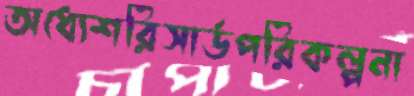
অধ্যেশরিসার্ডপরিকল্পনা